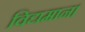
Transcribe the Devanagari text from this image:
विद्यमान।